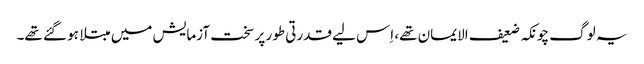
یہ لوگ چونکہ ضعیف الایمان تھے، اِس لیے قدرتی طور پر سخت آزمایش میں مبتلا ہو گئے تھے۔